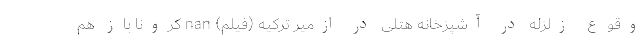
وقوع زلزله در آشپزخانه هتلی در ازمیر ترکیه (فیلم) nan کرونا باز هم